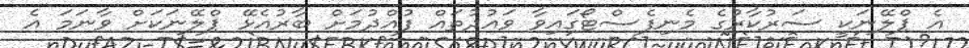
އެ ޕްލޭނަކީ ސަރުކާރުގެ މެނިފެސްޓޯގައިވާ ވައުދުތައް ފުއްދުމަށް ބާރުއެޅޭ ޕްލޭނަކަށް ވާނަމަ އެ